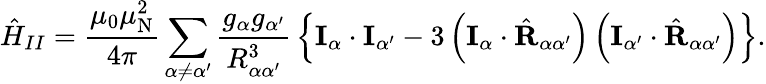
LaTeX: {\hat{H}}_{II}={\frac{\mu_{0}\mu_{\mathrm{N}}^{2}}{4\pi}}\sum_{\alpha\neq\alpha^{\prime}}{\frac{g_{\alpha}g_{\alpha^{\prime}}}{R_{\alpha\alpha^{\prime}}^{3}}}\left\{ \mathbf{I}_{\alpha}\cdot\mathbf{I}_{\alpha^{\prime}}-3\left(\mathbf{I}_{\alpha}\cdot{\hat{\mathbf{R}}}_{\alpha\alpha^{\prime}}\right)\left(\mathbf{I}_{\alpha^{\prime}}\cdot{\hat{\mathbf{R}}}_{\alpha\alpha^{\prime}}\right)\right\} .